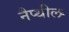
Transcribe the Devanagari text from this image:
नैप्थील